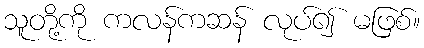
သူတို့ကို ကလန်ကဆန် လုပ်၍ မဖြစ်။